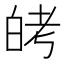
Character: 𬐈